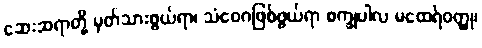
ဆေးဆရာတို့ မှတ်သားဖွယ်ရာ၊ သံဝေဂဖြစ်ဖွယ်ရာ စက္ခုပါလ မထေရ်ဝတ္ထု၊